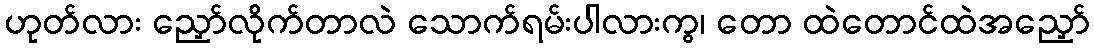
ဟုတ်လား ညှော်လိုက်တာလဲ သောက်ရမ်းပါလားကွ၊ တော ထဲတောင်ထဲအညှော်